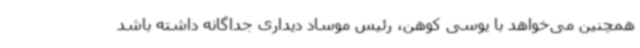
همچنین می‌خواهد با یوسی کوهن، رئیس موساد دیداری جداگانه داشته باشد